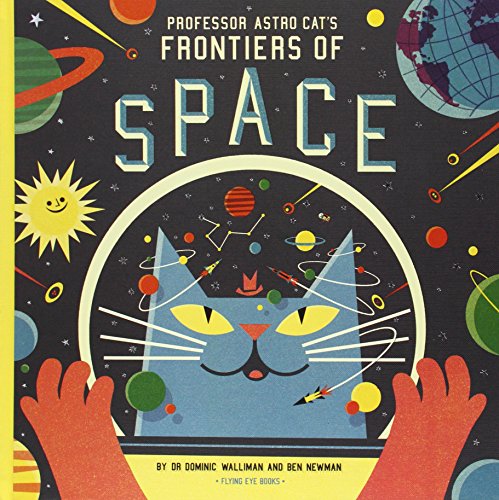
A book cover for Professor Astro Cat's Frontiers of Space; Dominic Walliman; Comics & Graphic Novels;